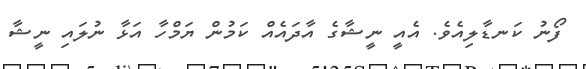
ފޯނު ކަނޑާލިއެވެ. އެއީ ނީޝާގެ އާދައެއް ކަމުން ޔަމްހާ އަޅާ ނުލައި ނީޝާ